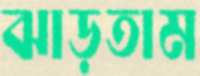
ঝাড়তাম